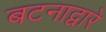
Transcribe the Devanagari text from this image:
बटनाद्वारे